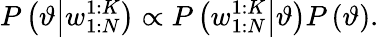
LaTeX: P\left(\vartheta\middle|w_{1:N}^{1:K}\right)\propto P\left(w_{1:N}^{1:K}\middle|\vartheta\right)P\left(\vartheta\right).